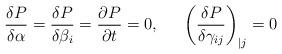
LaTeX: \begin{align*}\frac{\delta P}{\delta\alpha}= \frac{\delta P}{\delta\beta_i} =\frac{\partial P}{\partial t} = 0,~~~~\left(\frac{\delta P}{\delta\gamma_{ij}}\right)_{| j}=0\end{align*}